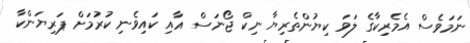
ނަމަވެސް އެމެރިކާގެ ލަވަ ކިޔުންތެރިޔާ ނިކް ޖޯނަސް އާއި ކައިވެނި ކުރުމަށް ޕަރިޔަންކާ